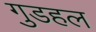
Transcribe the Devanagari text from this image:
गुडहल